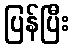
ပြန်ပြီး